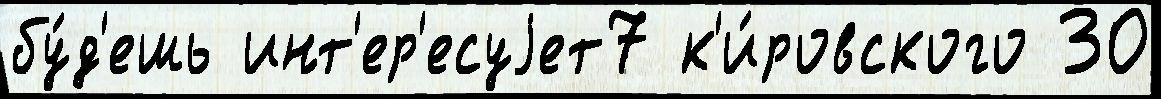
бу́д'ешь инт'ер'есуjет7 к'и́ровского 30